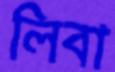
লিবা